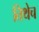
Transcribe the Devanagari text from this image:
तिथेेच